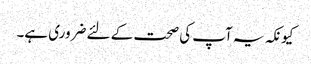
کیونکہ یہ آپ کی صحت کے لئے ضروری ہے۔